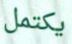
يكتمل